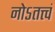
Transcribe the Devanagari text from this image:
नोऽतत्त्वं